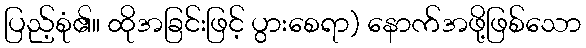
ပြည့်စုံ၏။ ထိုအခြင်းဖြင့် ပွားစေရာ) နောက်အဖို့ဖြစ်သော